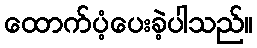
ထောက်ပံ့ပေးခဲ့ပါသည်။